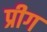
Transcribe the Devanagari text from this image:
प्रीग